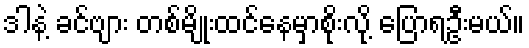
ဒါနဲ့ ခင်ဗျား တစ်မျိုးထင်နေမှာစိုးလို့ ပြောရဦးမယ်။